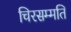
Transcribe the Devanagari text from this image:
चिरसम्मति